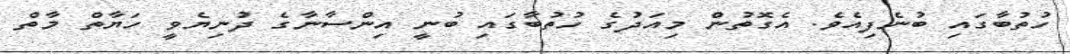
ހުތުބާގައި ބުނެފިއެވެ. އެގޮތުން މިއަދުގެ ހުތުބާގައި ބުނީ އިންސާނާގެ ދުނިޔެވީ ހަޔާތް މާތް